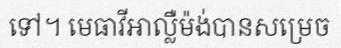
ទៅ។ មេធាវីអាល្លឺម៉ង់បានសម្រេច